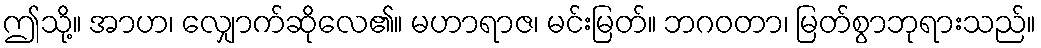
ဤသို့။ အာဟ၊ လျှောက်ဆိုလေ၏။ မဟာရာဇ၊ မင်းမြတ်။ ဘဂဝတာ၊ မြတ်စွာဘုရားသည်။